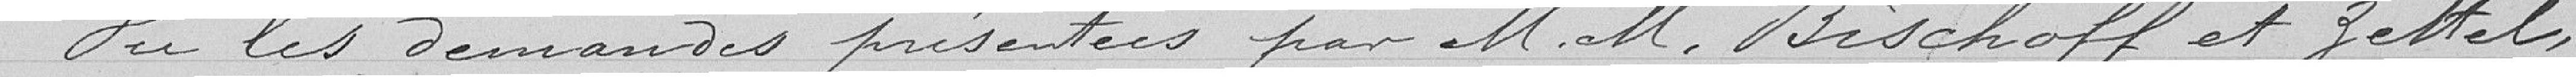
Vu les demandes présentées par Messieurs Bischoff et Zettel,